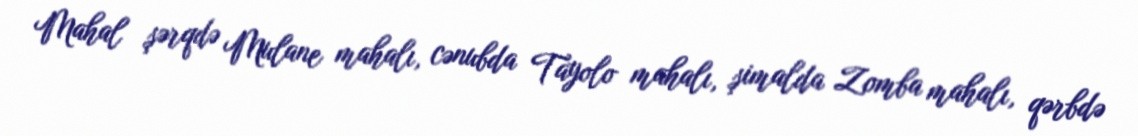
Mahal şərqdə Mulane mahalı, cənubda Tayolo mahalı, şimalda Zomba mahalı, qərbdə